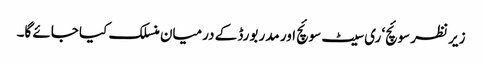
زیر نظر سوئچ‘ ری سیٹ سوئچ اور مدر بورڈ کے درمیان منسلک کیا جائے گا۔